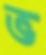
ভ